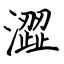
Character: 澀